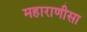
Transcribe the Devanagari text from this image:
महाराणीसा